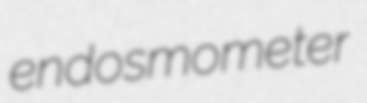
endosmometer